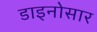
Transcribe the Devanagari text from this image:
डाइनोसार